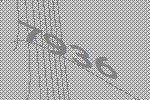
7936